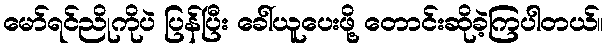
မော်ရင်ညိုကိုပဲ ပြန်ပြီး ခေါ်ယူပေးဖို့ တောင်းဆိုခဲ့ကြပါတယ်။